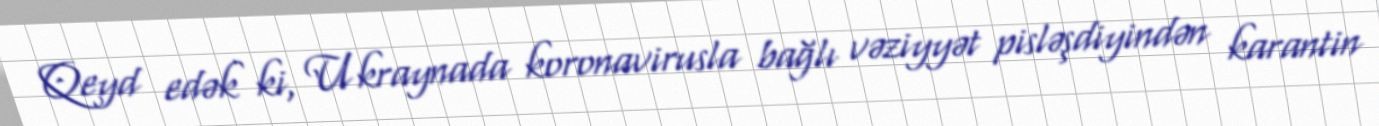
Qeyd edək ki, Ukraynada koronavirusla bağlı vəziyyət pisləşdiyindən karantin